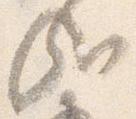
哉